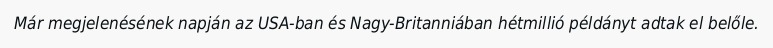
Már megjelenésének napján az USA-ban és Nagy-Britanniában hétmillió példányt adtak el belőle.